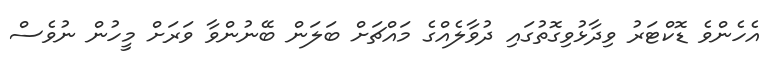
އެހެންވެ ޑޮކްޓަރު ވިދާޅުވިގޮތުގައި ދުވާލެއްގެ މައްޗަށް ބަލަން ބޭނުންވާ ވަރަށް މީހުން ނުވެސް